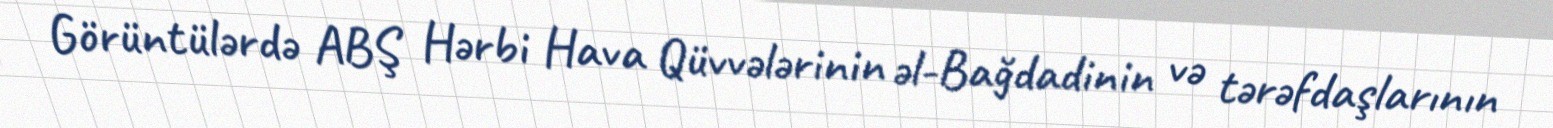
Görüntülərdə ABŞ Hərbi Hava Qüvvələrinin əl-Bağdadinin və tərəfdaşlarının